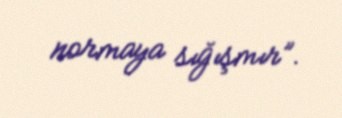
normaya sığışmır”.